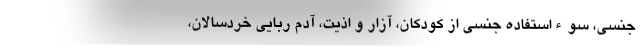
جنسی، سوءاستفاده جنسی از کودکان، آزار و اذیت، آدم ربایی خردسالان،